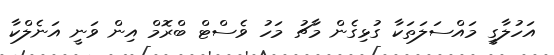
އަހުލާގީ މައްސަލަތަކާ ގުޅިގެން މާޗު މަހު ވެސްޓް ބްރޮމް އިން ވަނީ އަނެލްކާ